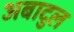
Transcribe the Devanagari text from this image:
अबादुल